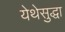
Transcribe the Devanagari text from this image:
येथेसुद्धा